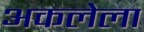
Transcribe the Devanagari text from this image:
अकलेला